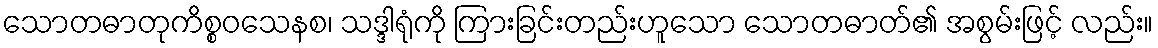
သောတဓာတုကိစ္စဝသေနစ၊ သဒ္ဒါရုံကို ကြားခြင်းတည်းဟူသော သောတဓာတ်၏ အစွမ်းဖြင့် လည်း။